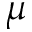
\mu